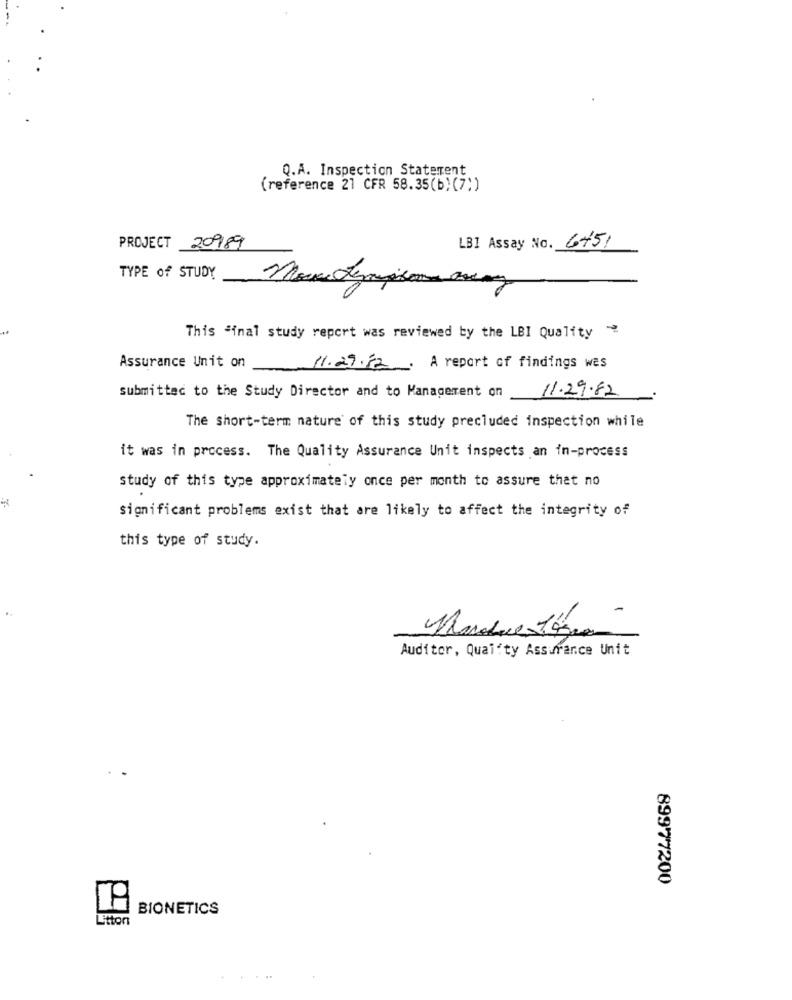
Q.A. Inspection Statement
(reference 21 CFR 58.35(b) (7))
LBI Assay No. 6751
PROJECT 209/89
TYPE of STUDY
This "inal study report was reviewed by the LBI Quality
Assurance Unit on
11.29.12.
A report of findings wes
submitted to the Study Director and to Management on
11.29.82
The short-term nature of this study precluded inspection while
it was in process. The Quality Assurance Unit inspects an in-process
study of this type approximately once per month to assure that no
significant problems exist that are likely to affect the integrity of
this type of study.
Auditor, Quality Assurance Unit
89977200
BIONETICS
Litton